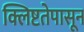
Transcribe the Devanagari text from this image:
क्लिष्टतेपासून